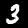
Digit: 3